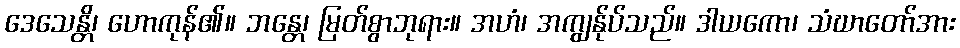
ဒေသေန္တိ၊ ဟောကုန်၏။ ဘန္တေ၊ မြတ်စွာဘုရား။ အဟံ၊ အကျွန်ုပ်သည်။ ဒါယကော၊ သံဃာတော်အား